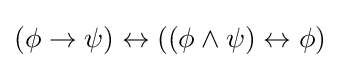
(\phi \to \psi )\leftrightarrow ((\phi \land \psi )\leftrightarrow \phi )